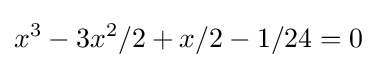
x^{3}-3x^{2}/2+x/2-1/24=0